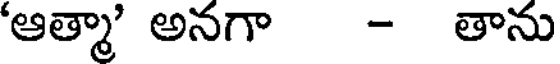
'ఆత్మా' అనగా - తాను